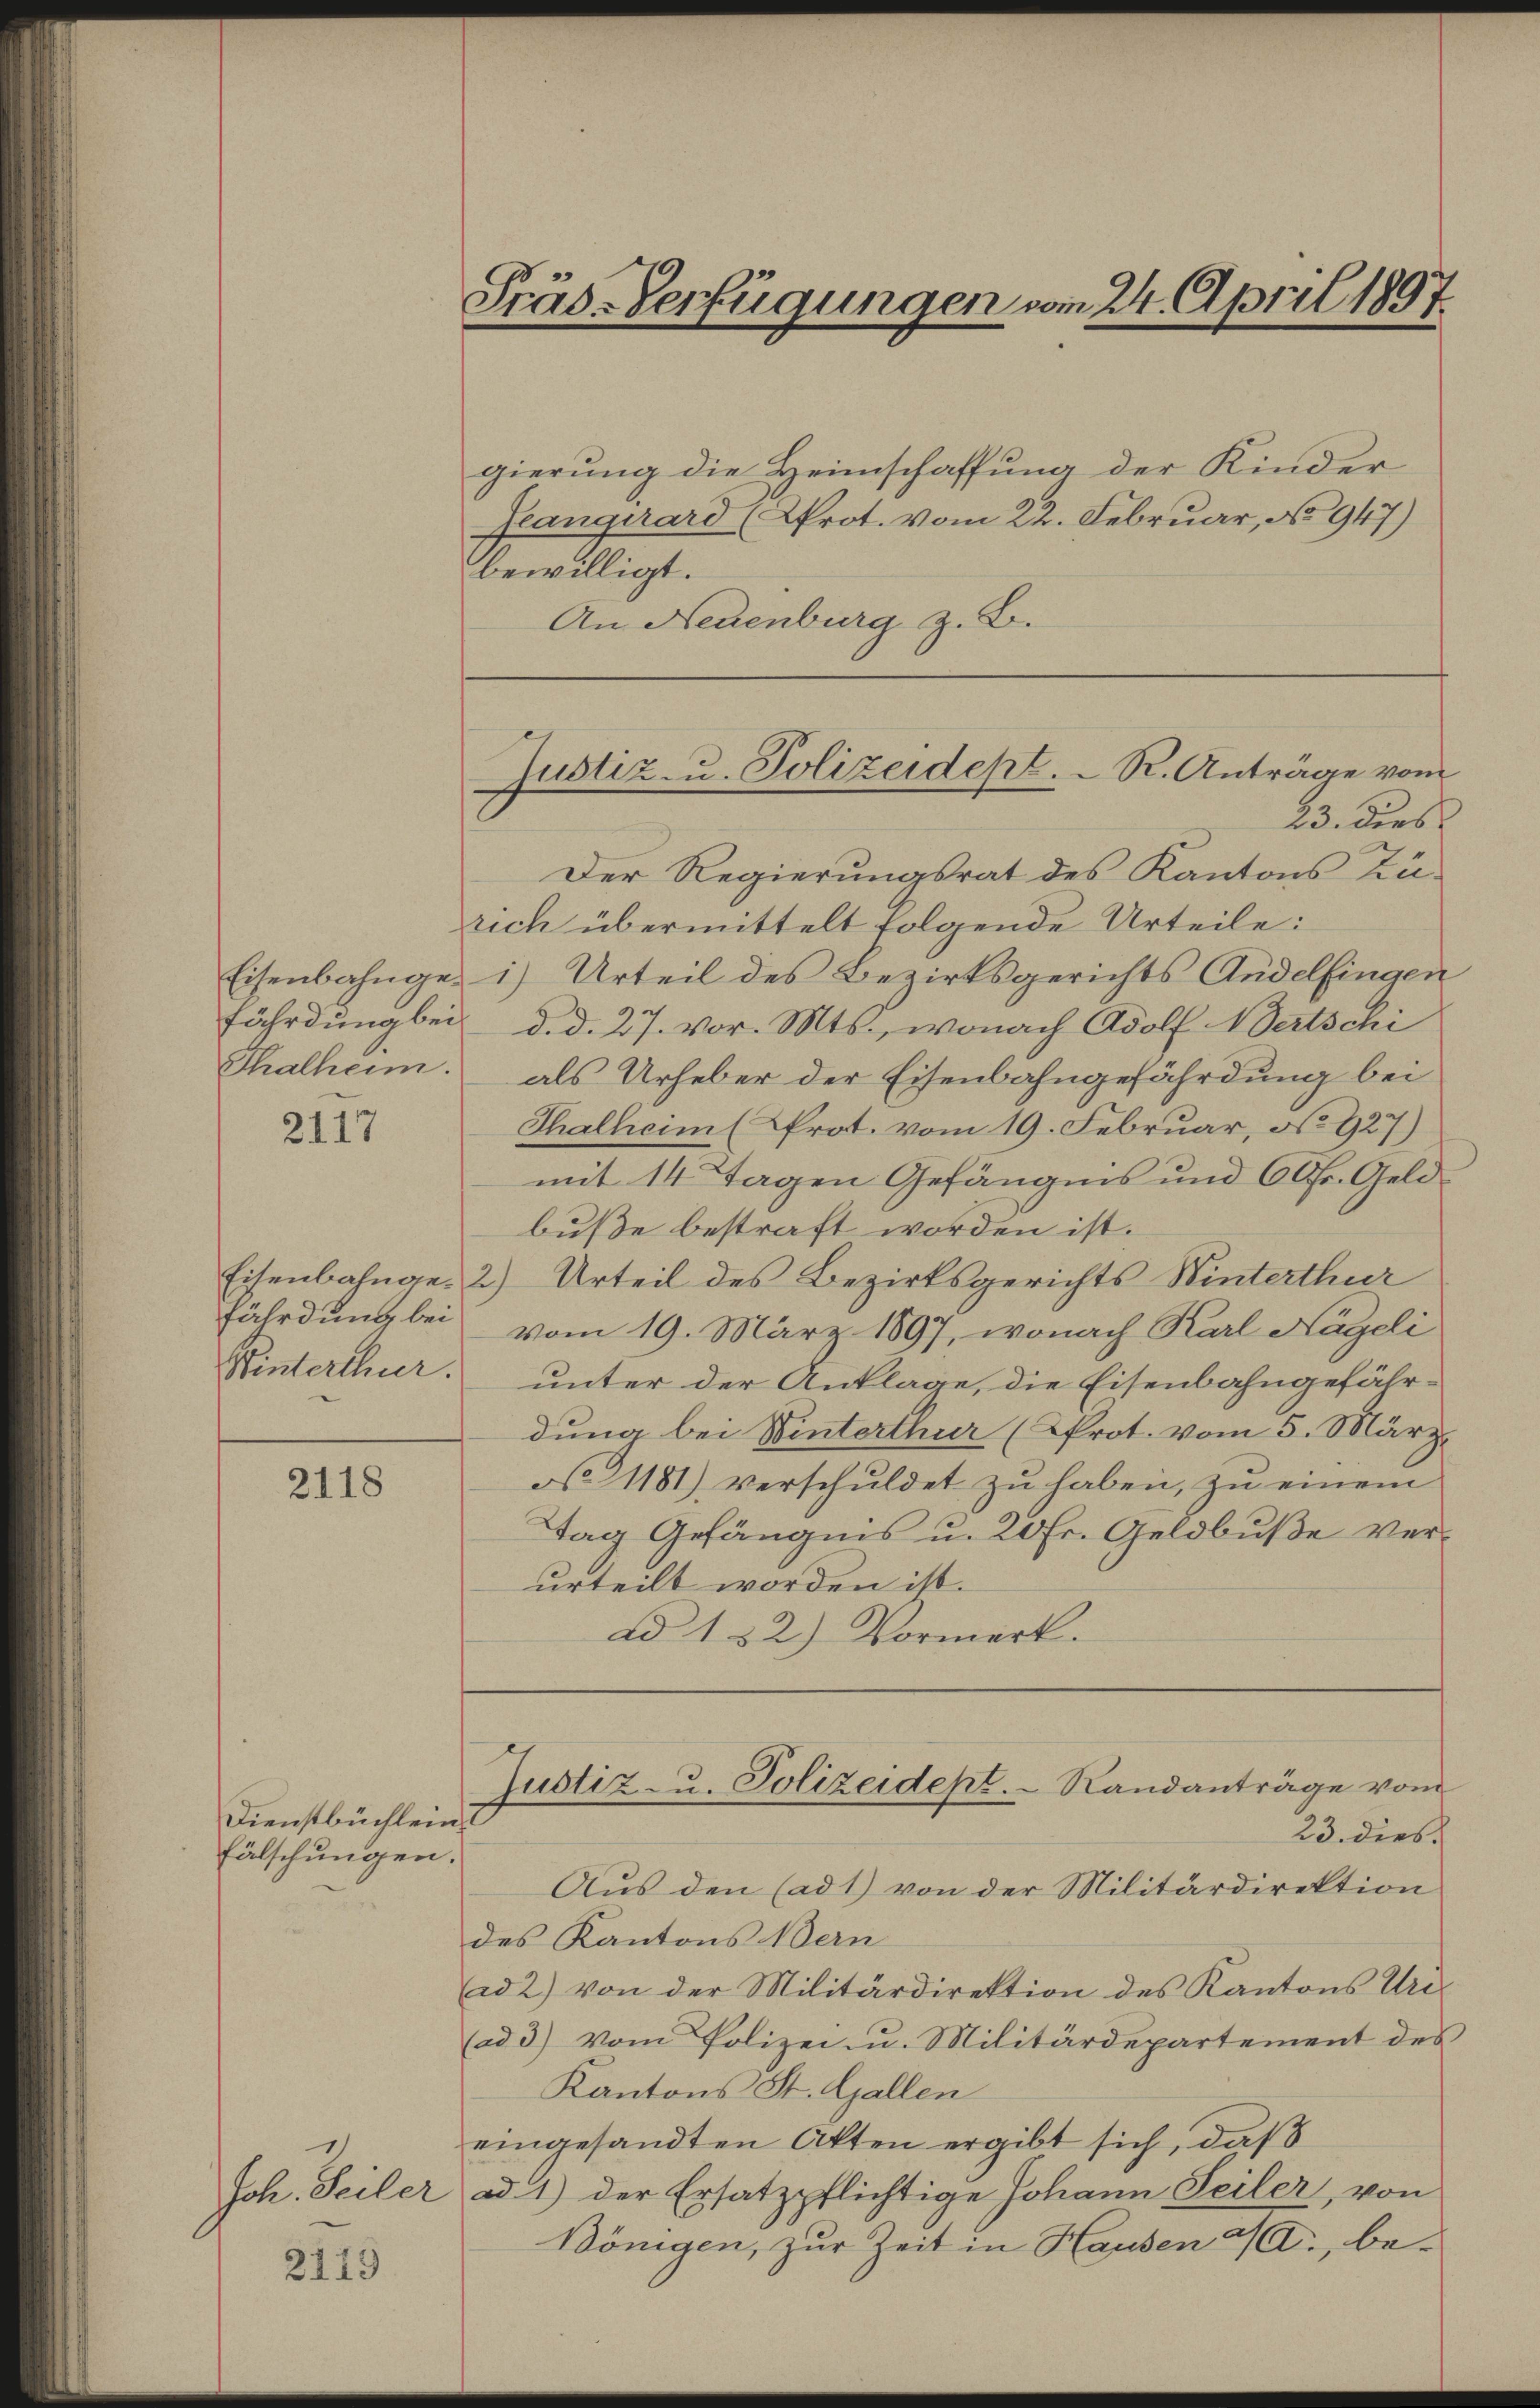
Thalheim

2117

fährdung bei

2118

Dienstbüchlein
fälschungen.

Joh. Seiler

2119

gierung die Heimschaffung der Kinder
Prangirard (Prot. vom 22. Februar, No 947)
bewilligt.
An Neuenburg z. B.

Prüs-Verfügungen vom 24. April 1897.

Der Regierungsrat des Kantons Zü
rich übermittelt folgende Urteile:
Eisenbahnge) Urteil des Bezirksgerichts Andelfingen
fährdung bei d. d. 27. vor. Mts., wonach Adolf Wertschi
als Urheber der Eisenbahngefährdung bei
Thalheim (Prot. vom 19. Februar, No 927)
mit 14 Tagen Gefängnis und 60fr. Geldbuße bestraft worden ist.
Eisenbahnge. 2) Urteil des Bezirksgerichts Winterthur
vom 19. März 1897, wonach Karl Hägeli
Winterthur unter der Anklage, die Eisenbahngefähr-
dung bei Winterthur (Prot. vom 5. März,
No 1181) verschuldet zu haben, zu einem
Tag Gefängnis u. 20 Fr. Geldbuße verurteilt worden ist.
ad 132) Vormerk.

Justiz- u. Polizeidept. R. Anträge vom
23. Dies

Justiz- u. Polizeidept.   Randanträge vom
23. dies

Aus den (ad 1) von der Militärdirektion
des Kantons Bern
ad 2) von der Militärdirektion des Kantons Uri¬
(ad 3) vom Polizei u. Militärdepartement des
Kantons St. Gallen
eingesandten Akten ergibt sich, daß
ad 1) der Ersatzpflichtige Johann Seiler, von
Bönigen, zur Zeit in Hausen M., be¬